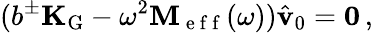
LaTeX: (b^{\pm}\mathbf{K}_{\mathrm{G}}-\omega^{2}\mathbf{M}_{\mathrm{~e~f~f~}}(\omega))\hat{\mathbf{v}}_{0}=\mathbf{0}\, ,